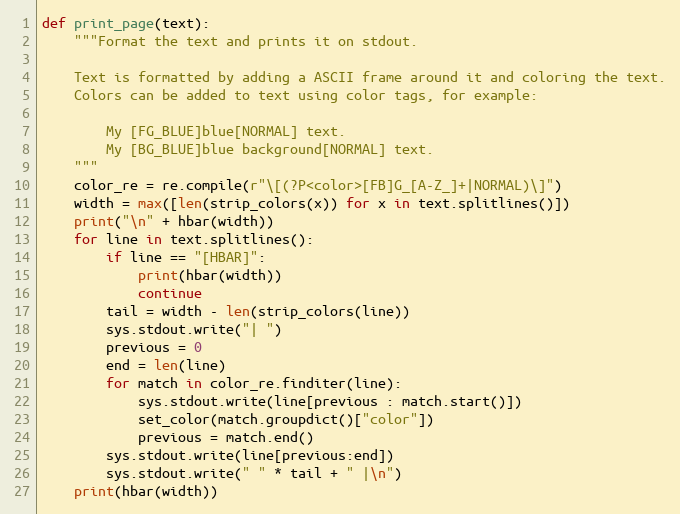
Language: Python
def print_page(text):
    """Format the text and prints it on stdout.

    Text is formatted by adding a ASCII frame around it and coloring the text.
    Colors can be added to text using color tags, for example:

        My [FG_BLUE]blue[NORMAL] text.
        My [BG_BLUE]blue background[NORMAL] text.
    """
    color_re = re.compile(r"\[(?P<color>[FB]G_[A-Z_]+|NORMAL)\]")
    width = max([len(strip_colors(x)) for x in text.splitlines()])
    print("\n" + hbar(width))
    for line in text.splitlines():
        if line == "[HBAR]":
            print(hbar(width))
            continue
        tail = width - len(strip_colors(line))
        sys.stdout.write("| ")
        previous = 0
        end = len(line)
        for match in color_re.finditer(line):
            sys.stdout.write(line[previous : match.start()])
            set_color(match.groupdict()["color"])
            previous = match.end()
        sys.stdout.write(line[previous:end])
        sys.stdout.write(" " * tail + " |\n")
    print(hbar(width))